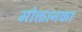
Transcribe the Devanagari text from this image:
मोक्तानका